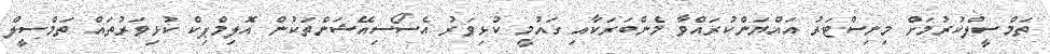
ތަމްސީލްކުރުމަށް މިނިސްޓަރު އައްޔަންކުރައްވާ މެންބަރަކާއި ގައުމީ ކުޅިވަރު އެސޯސިއޭޝަންތަކުން އޮލިމްޕިކް ކުޅިވަރުތައް ތަމްސީލް